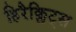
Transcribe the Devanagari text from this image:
हिरैक्लिट्स